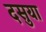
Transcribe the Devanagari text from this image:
दसुया